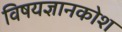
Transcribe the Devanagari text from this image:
विषयज्ञानकोश